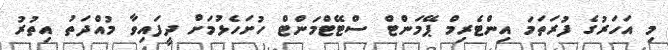
މި އަހަރުގެ ފުރަތަމަ އިންޓެރިމް ޕޭމަންޓް ސްޓޭޓްމަންޓް ހުށަހެޅުމަށް ދީފައިވާ މުއްދަތު އިތުރު